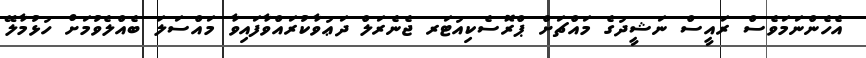
އެހެންނަމަވެސް ރައީސް ނަޝީދުގެ މައްޗަށް ޕްރޮސެކިއުޓަރ ޖެނެރަލް ދަޢުވާކުރައްވާފައިވާ މައްސަލަ ބެއްލެވުމަށް ހުޅުމާލޭ